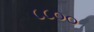
૮૮૦૦